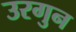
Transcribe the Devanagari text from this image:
उरगुन